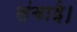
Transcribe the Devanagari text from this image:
लंबाई।